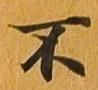
不